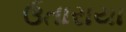
ઉતારાયા